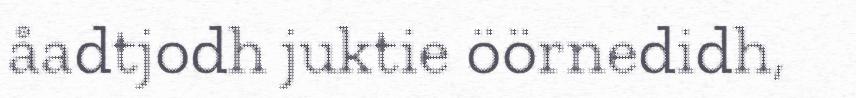
åadtjodh juktie öörnedidh,